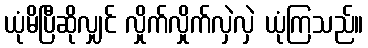
ယုံမိပြီဆိုလျှင် လှိုက်လှိုက်လှဲလှဲ ယုံကြသည်။